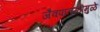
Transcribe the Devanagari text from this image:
जैवपातळीमुळे